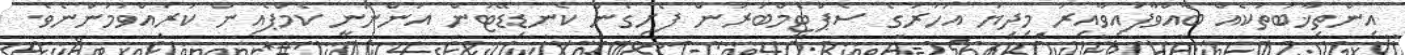
އިންތިޚާބުތަކެއް ބާއްވާފައިވާއިރު މިދިޔަ އަހަރުގެ ސެޕްޓެމްބަރުން ފެށިގެން ކެނޑިޑޭޓުން އަންނަނީ ކެމްޕެއިން ކުރައްވަމުންނެވެ.